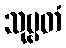
သုဗ္ဗတံ